Vaccination in Bombay 1924-1928 - 1924-1928
Year: 1924
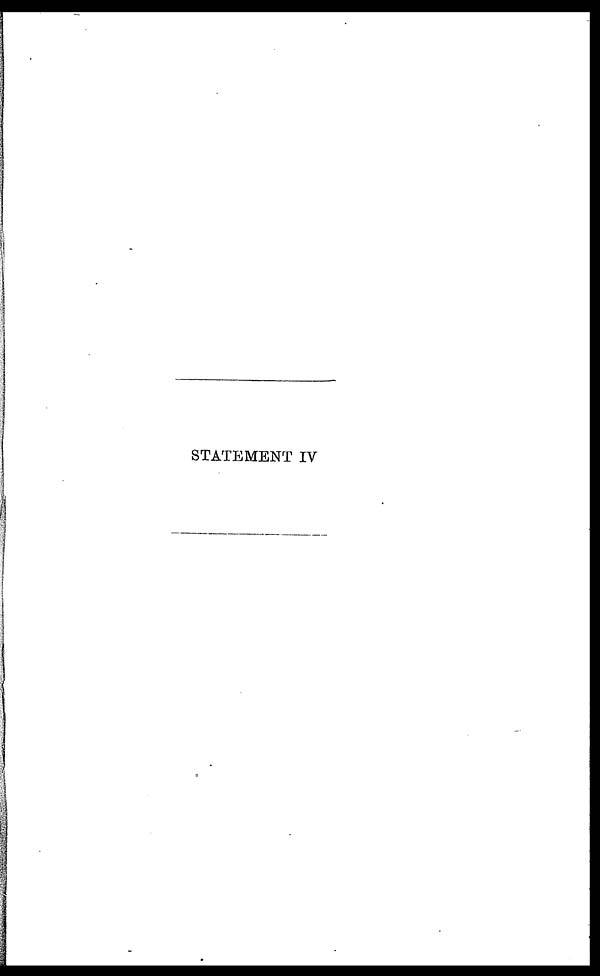
STATEMENT IV